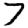
Digit: 7